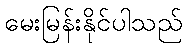
မေးမြန်းနိုင်ပါသည်